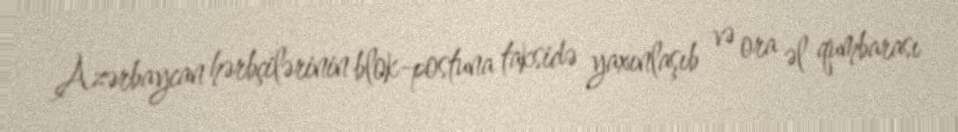
Azərbaycan hərbçilərinin blok-postuna taksidə yaxınlaşıb və ora əl qumbarası